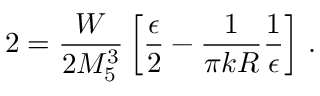
2 = \frac { W } { 2 M _ { 5 } ^ { 3 } } \left[ \frac { \epsilon } { 2 } - \frac { 1 } { \pi k R } \frac { 1 } { \epsilon } \right] \, .